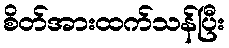
စိတ်အားထက်သန်ပြီး